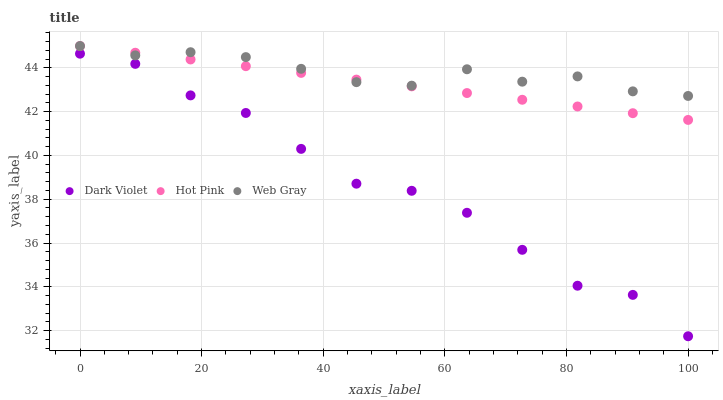
| xaxis_label | Dark Violet | Hot Pink | Web Gray |
 | --- | --- | --- | --- |
 | 0 | 44.6 | 45 | 45 |
 | 9.09 | 44.2 | 44.7 | 44.6 |
 | 18.2 | 42.7 | 44.4 | 44.7 |
 | 27.3 | 41.9 | 44.1 | 44.5 |
 | 36.4 | 40.3 | 43.8 | 44 |
 | 45.5 | 38.7 | 43.5 | 43.3 |
 | 54.5 | 38.4 | 43.2 | 43.2 |
 | 63.6 | 37.4 | 42.9 | 43.9 |
 | 72.7 | 35.7 | 42.5 | 43.4 |
 | 81.8 | 34 | 42.2 | 43.6 |
 | 90.9 | 33.6 | 41.9 | 42.9 |
 | 100 | 31.7 | 41.6 | 42.7 |